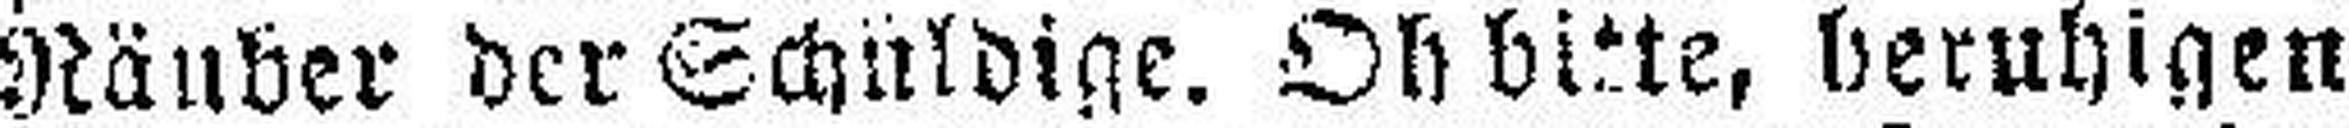
Räuber der Schuldige. Oh bitte, beruhigen